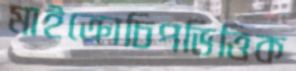
মাইক্রোচিপভিত্তিক